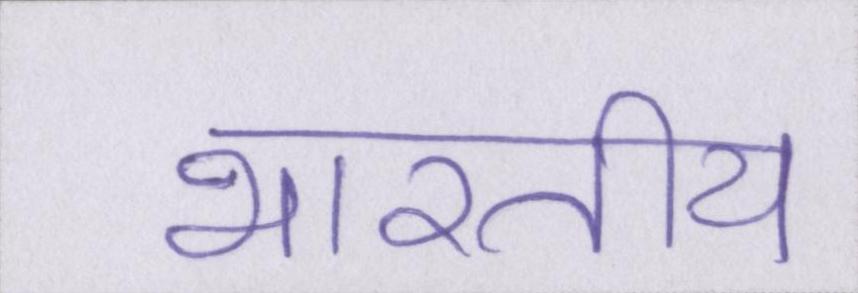
भारतीय